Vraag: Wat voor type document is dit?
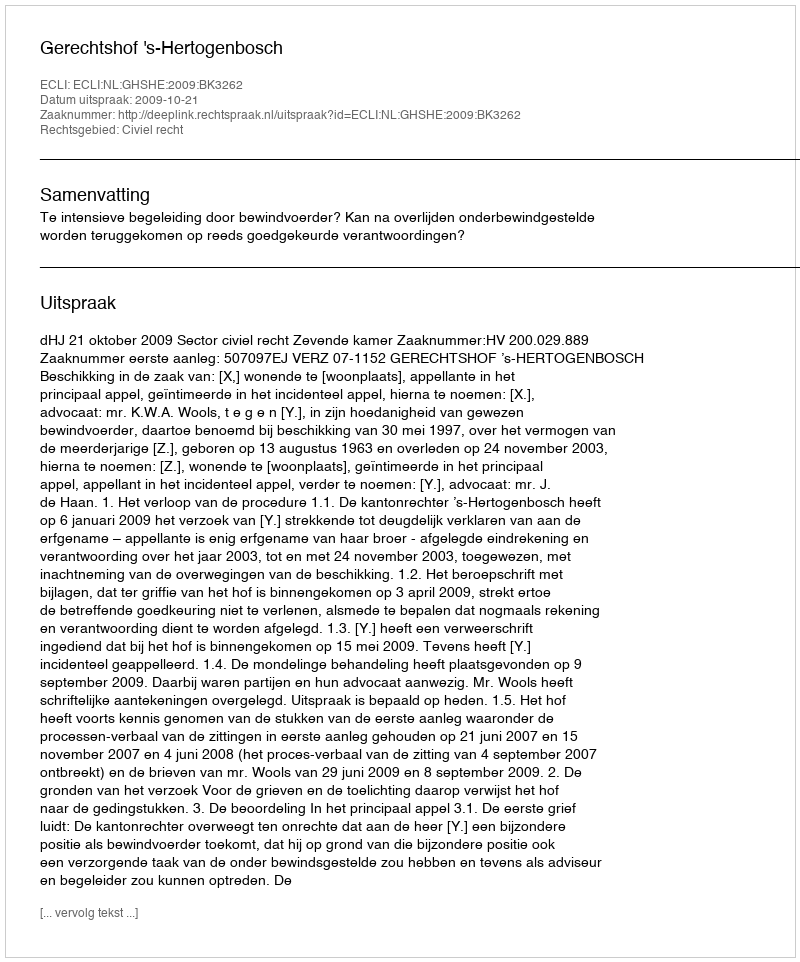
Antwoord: Uitspraak